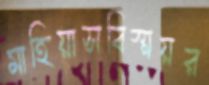
মাহিয়াসবিস্ময়র